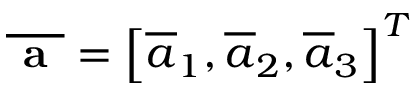
\overline { { \textbf { a } } } = \left[ \overline { { a } } _ { 1 } , \overline { { a } } _ { 2 } , \overline { { a } } _ { 3 } \right] ^ { T }